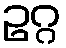
ဥဂ္ဂ